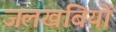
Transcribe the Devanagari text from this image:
जलखंबियों